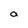
Character: a